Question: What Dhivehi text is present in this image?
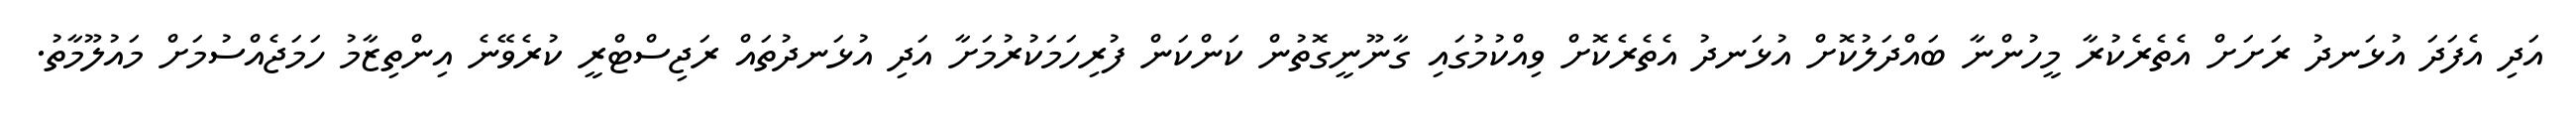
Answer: އަދި އެފަދަ އުޅަނދު ރަށަށް އެތެރެކުރާ މީހުންނާ ބައްދަލުކޮށް އުޅަނދު އެތެރެކޮށް ވިއްކުމުގައި ގާނޫނީގޮތުން ކަންކަން ފުރިހަމަކުރުމަށާ އަދި އުޅަނދުތައް ރަޖިސްޓްރީ ކުރެވޭނެ އިންތިޒާމު ހަމަޖެއްސުމަށް މައުލޫމާތު.